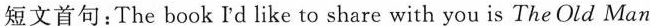
短文首句:The book Id like to share with you is The Old Man